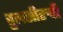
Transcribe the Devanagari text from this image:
तुलसीरुपी